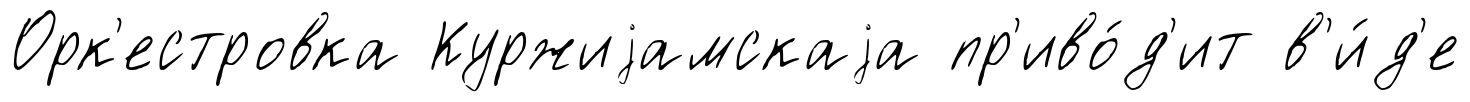
Орк'естровка Куржиjамскаjа пр'иво́д'ит в'и́д'е